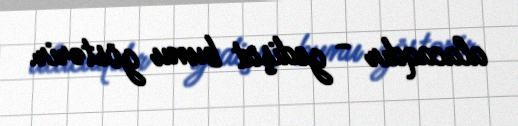
alacaqdır - gedişat bunu göstərir.